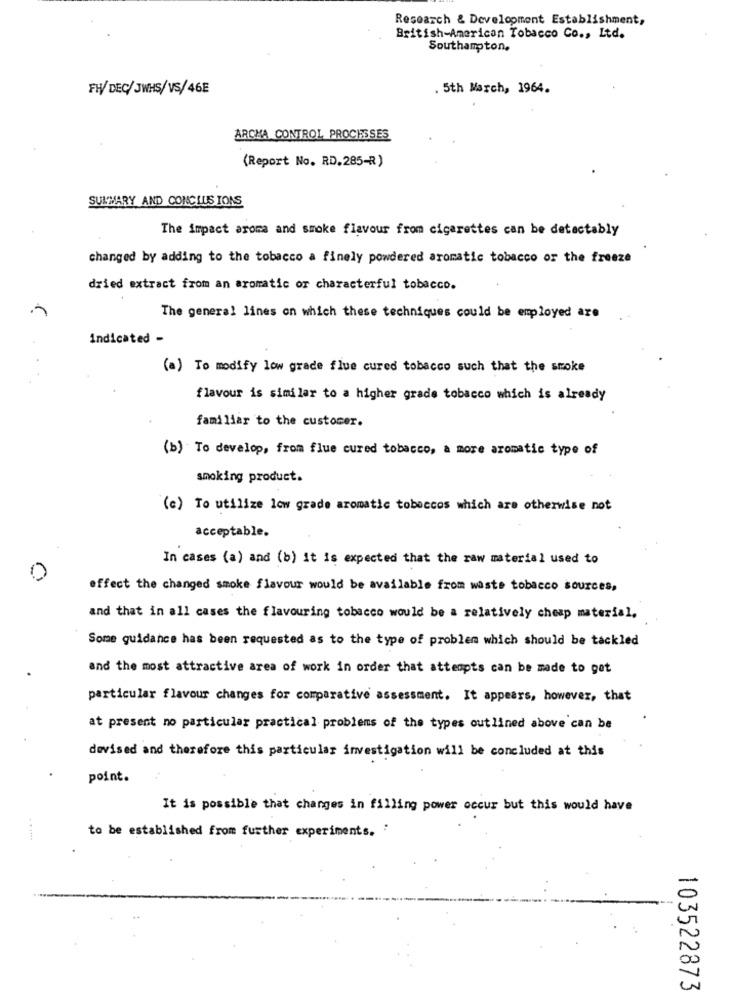
Research & Development Establishment,
British-American Tobacco Co ., Ltd.
Southampton.
FW/ DEC/ JWHS/VS/46E
. 5th March, 1964.
ARCHA CONTROL PROCHESES
(Report No. RD.285-R)
SUMMARY AND CONCLUS IONS
The impact aroma and smoke flavour from cigarettes can be detactably
changed by adding to the tobacco a finely powdered aromatic tobacco or the freeze
dried extract from an aromatic or characterful tobacco.
The general lines on which these techniques could be employed are
Indicated -
(a) To modify low grade flue cured tobacco such that the stoke
flavour is similar to a higher grade tobacco which is already
familiar to the customer.
(b) To develop, from flue cured tobacco, a more aromatic type of
smoking product.
(c) To utilize low grade aromatic tobaccos which are otherwise not
acceptable.
In cases (a) and (b) it is expected that the raw material used to
0
effect the changed smoke flavour would be available from waste tobacco sources,
and that in all cases the flavouring tobacco would be a relatively cheap material,
Some guidance has been requested as to the type of problem which should be tackled
and the most attractive area of work in order that attempts can be made to get
particular flavour changes for comparative assessment. It appears, however, that
at present no particular practical problems of the types outlined above can be
devised and therefore this particular investigation will be concluded at this
point.
It is possible that changes in filling power occur but this would have
to be established from further experiments. '
103522873